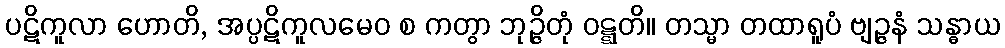
ပဋိကူလာ ဟောတိ, အပ္ပဋိကူလမေဝ စ ကတွာ ဘုဉ္ဇိတုံ ဝဋ္ဋတိ။ တသ္မာ တထာရူပံ ဗျဉ္ဇနံ သန္ဓာယ